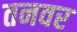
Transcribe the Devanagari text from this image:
तनवर